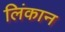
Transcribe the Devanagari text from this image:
लिंकान